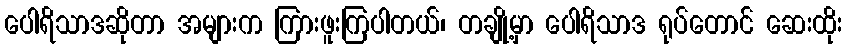
ပေါရိသာဒဆိုတာ အများက ကြားဖူးကြပါတယ်၊ တချို့မှာ ပေါရိသာဒ ရုပ်တောင် ဆေးထိုး